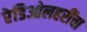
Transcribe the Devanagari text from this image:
रेडिओलहरींचा